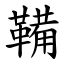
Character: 鞴